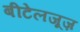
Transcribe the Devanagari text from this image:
बीटेलजूज़